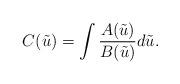
LaTeX: \begin{align*} C(\tilde{u}) = \int\frac{A(\tilde{u})}{B(\tilde{u})}d\tilde{u}. \end{align*}